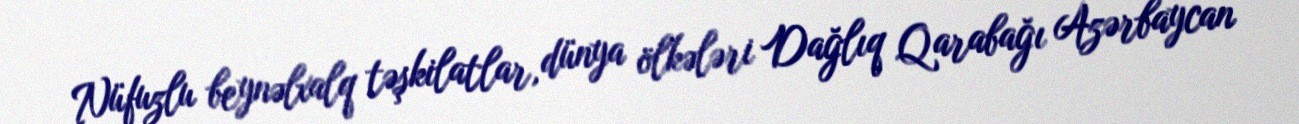
Nüfuzlu beynəlxalq təşkilatlar, dünya ölkələri Dağlıq Qarabağı Azərbaycan